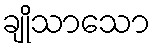
ချိုသာသော